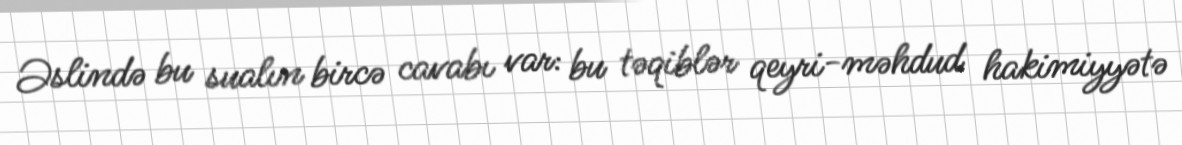
Əslində bu sualın bircə cavabı var: bu təqiblər qeyri-məhdud hakimiyyətə